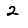
Digit: 2